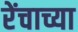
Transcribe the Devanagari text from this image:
रेंचाच्या